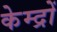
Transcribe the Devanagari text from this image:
केम्द्रों